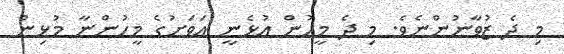
މި ދެ ޒުވާނުންނެވެ. މި ދެ މީހުން އުޅެނީ އަވަށުގެ މީހުންނާ މުޅިން